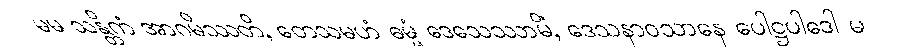
မမ သန္တိကံ အာဂမိဿတိ, တေသမဟံ ဓမ္မံ ဒေသေဿာမိ, ဒေသနာဝသာနေ ပေါဋ္ဌပါဒေါ မံ